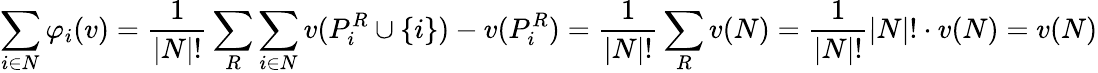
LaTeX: \sum_{i\in N}\varphi_{i}(v)={\frac{1}{|N|!}}\sum_{R}\sum_{i\in N}v(P_{i}^{R}\cup\left\{ i\right\} )-v(P_{i}^{R})={\frac{1}{|N|!}}\sum_{R}v(N)={\frac{1}{|N|!}}|N|!\cdot v(N)=v(N)